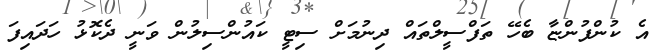
އެ ކުންފުންޏާ ބެހޭ ތަފްސީލްތައް ދިނުމަށް ސިޓީ ކައުންސިލުން ވަނީ ދެކޮޅު ހަދައިފަ